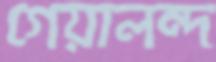
গেয়ালন্দ